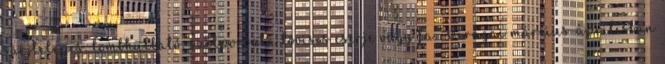
sarjtelepes, lombhullató, szélporozta tövises cserje vagy fa. Virágai március-áprilisban